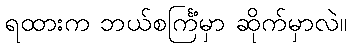
ရထားက ဘယ်စင်္ကြံမှာ ဆိုက်မှာလဲ။